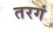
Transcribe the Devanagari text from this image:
तरगं